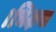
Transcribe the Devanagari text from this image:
।भिक्षया